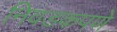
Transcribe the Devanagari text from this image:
निवडकपणे